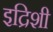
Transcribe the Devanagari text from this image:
इद्रिशी